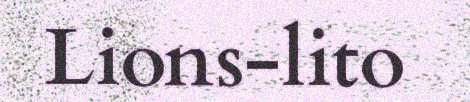
Lions-lito